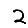
Digit: 2